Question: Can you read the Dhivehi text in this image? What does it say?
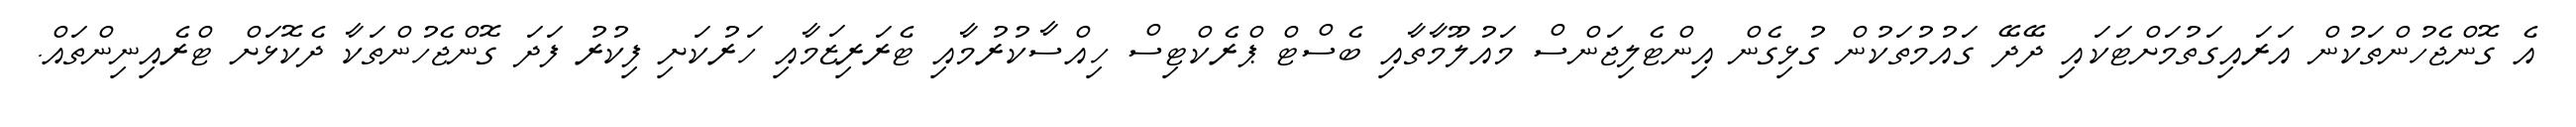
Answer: އެ ގޮންޖެހުންތަކުން އަރައިގަތުމަށްޓަކައި ދޭދޭ ގައުމުތަކުން ގުޅިގެން އިންޓެލިޖަންސް މައުލޫމާތާއި ބެސްޓް ޕްރެކްޓިސް ހިއްސާކުރުމާއި ޓެރަރިޒަމާއި ހަރުކަށި ފިކުރު ފަދަ ގޮންޖެހުންތަކާ ދެކޮޅަށް ޓްރެއިނިންތައް.